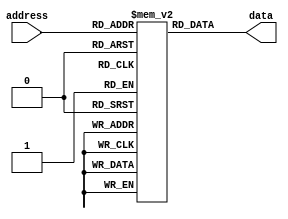
module ROM (
    input [7:0] address,
    output reg [7:0] data
);

reg [7:0] memory [0:255];

initial begin
    memory[0] = 8'b00000001;
    memory[1] = 8'b00000010;
    // Define values stored at each address location
    // Add more memory initialization if needed
end

always @ (address) begin
    data = memory[address];
end

endmodule